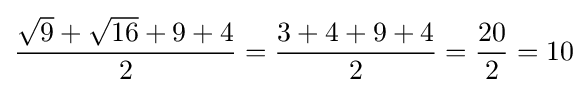
{\frac {{\sqrt {9}}+{\sqrt {16}}+9+4}{2}}={\frac {3+4+9+4}{2}}={\frac {20}{2}}=10